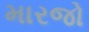
મારજો